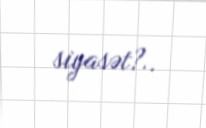
siyasət?..